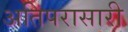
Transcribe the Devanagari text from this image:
अतिपरासारी